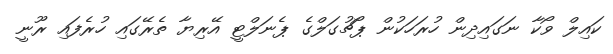
ކައިލް ވޯކާ ނަގައިދިން ހުރަހަކުން ޕޯޗުގަލްގެ ޕެނަލްޓީ އޭރިޔާ ތެރޭގައި ހުރެފައި ރޫނީ